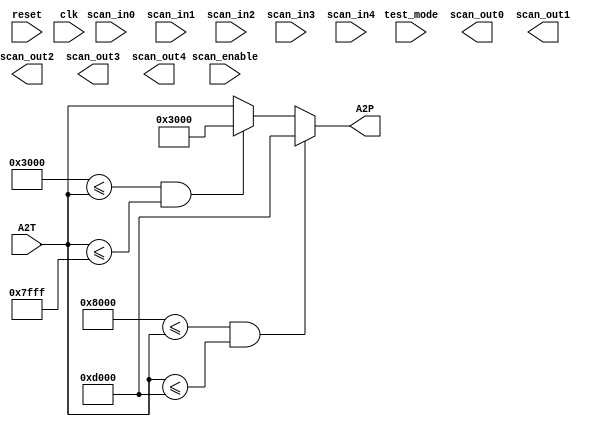
module LIMC (
           reset,
           clk,
           scan_in0,
           scan_in1,
           scan_in2,
           scan_in3,
           scan_in4,
           scan_enable,
           test_mode,
           scan_out0,
           scan_out1,
           scan_out2,
           scan_out3,
           scan_out4,
           A2T,
           A2P
       );

input
    reset,                      // system reset
    clk;                        // system clock

input
    scan_in0,                   // test scan mode data input
    scan_in1,                   // test scan mode data input
    scan_in2,                   // test scan mode data input
    scan_in3,                   // test scan mode data input
    scan_in4,                   // test scan mode data input
    scan_enable,                // test scan mode enable
    test_mode;                  // test mode 

output
    scan_out0,                  // test scan mode data output
    scan_out1,                  // test scan mode data output
    scan_out2,                  // test scan mode data output
    scan_out3,                  // test scan mode data output
    scan_out4;                  // test scan mode data output

input [15:0] A2T;

output reg [15:0] A2P;

 reg [15:0] A2UL;
 reg [15:0] A2LL;
always@(A2T)begin
                A2UL  = 16'h3000;                    //Sets the upper thresold
                A2LL  = 16'hD000;                    // Sets the lower thresold
		if ((16'h8000 <= A2T) && (A2T <= A2LL)) begin       //Compares with the lower thresold and assigns the values to the output
                A2P = A2LL;
                end
                else if ((A2UL <= A2T) && (A2T <= 16'h7FFF)) begin       //Compares with the upper thresold and assigns the values to the output
                A2P = A2UL;
                end 
                else begin
                A2P = A2T;
                end
end
endmodule